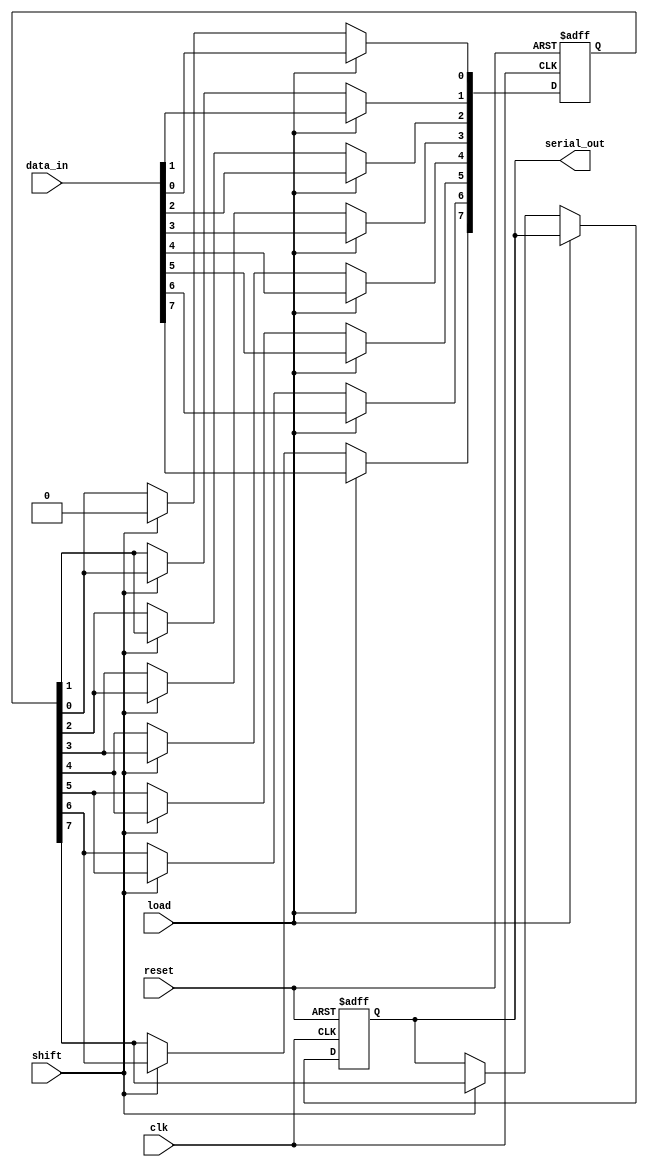
module piso_register #(
    parameter N = 8 // Default width of the register
)(
    input  wire          clk,      // Clock signal
    input  wire          reset,    // Asynchronous reset signal
    input  wire          load,     // Load control signal
    input  wire          shift,    // Shift control signal
    input  wire [N-1:0] data_in,  // Parallel input data
    output reg          serial_out  // Serial output
);

    reg [N-1:0] shift_reg; // Internal shift register to hold N bits
    integer i;

    // Asynchronous Reset
    always @(posedge clk or posedge reset) begin
        if (reset) begin
            shift_reg <= {N{1'b0}}; // Clear the register to zero
            serial_out <= 1'b0;     // Ensure serial output is also cleared
        end else begin
            if (load) begin
                shift_reg <= data_in; // Load parallel data into shift register
            end else if (shift) begin
                // Shift operation
                serial_out <= shift_reg[N-1]; // Output the MSB
                // Shift the register to the right
                for (i = N-1; i > 0; i = i - 1) begin
                    shift_reg[i] <= shift_reg[i-1];
                end
                shift_reg[0] <= 1'b0; // Optionally clear the LSB after shifting
            end
        end
    end

endmodule